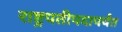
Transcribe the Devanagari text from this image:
राष्ट्रपतीपदापर्यंत